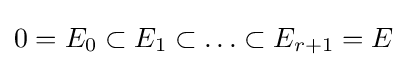
0=E_{0}\subset E_{1}\subset \ldots \subset E_{r+1}=E